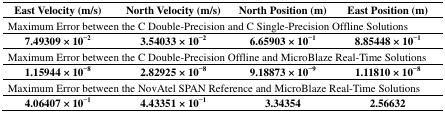
<table><thead><tr><td><b>East Velocity (m/s)</b></td><td><b>North Velocity (m/s)</b></td><td><b>North Position (m)</b></td><td><b>East Position (m)</b></td></tr></thead><tbody><tr><td colspan="4">Maximum Error between the C Double-Precision and C Single-Precision Offline Solutions</td></tr><tr><td><b>7.49309 × 10<sup>−2</sup></b></td><td><b>3.54033 × 10<sup>−2</sup></b></td><td><b>6.65903 × 10<sup>−1</sup></b></td><td><b>8.85448 × 10<sup>−1</sup></b></td></tr><tr><td colspan="4">Maximum Error between the C Double-Precision Offline and MicroBlaze Real-Time Solutions</td></tr><tr><td><b>1.15944 × 10<sup>−8</sup></b></td><td><b>2.82925 × 10<sup>−8</sup></b></td><td><b>9.18873 × 10<sup>−9</sup></b></td><td><b>1.11810 × 10<sup>−8</sup></b></td></tr><tr><td colspan="4">Maximum Error between the NovAtel SPAN Reference and MicroBlaze Real-Time Solutions</td></tr><tr><td><b>4.06407 × 10<sup>−1</sup></b></td><td><b>4.43351 × 10<sup>−1</sup></b></td><td><b>3.34354</b></td><td><b>2.56632</b></td></tr></tbody></table>